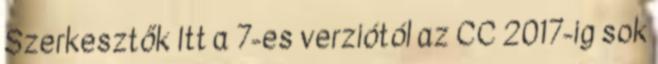
Szerkesztők Itt a 7-es verziótól az CC 2017-ig sok